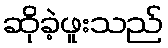
ဆိုခဲ့ဖူးသည်